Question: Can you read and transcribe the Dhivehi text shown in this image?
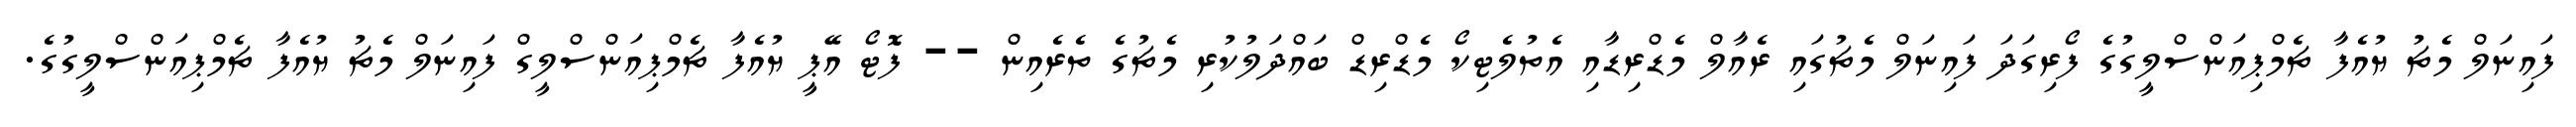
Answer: ފައިނަލް މެޗު ޔުއެފާ ޗެމްޕިއަންސްލީގުގެ ފޯރިގަދަ ފައިނަލް މެޗުގައި ރެއާލް މެޑްރިޑާއި އެތުލެޓިކޯ މެޑްރިޑް ބައްދަލުކުރި މެޗުގެ ތެރެއިން -- ފޮޓޯ އޭޕީ ޔުއެފާ ޗެމްޕިއަންސްލީގް ފައިނަލް މެޗު ޔުއެފާ ޗެމްޕިއަންސްލީގުގެ.